Leaving Certificate Examination, 1908
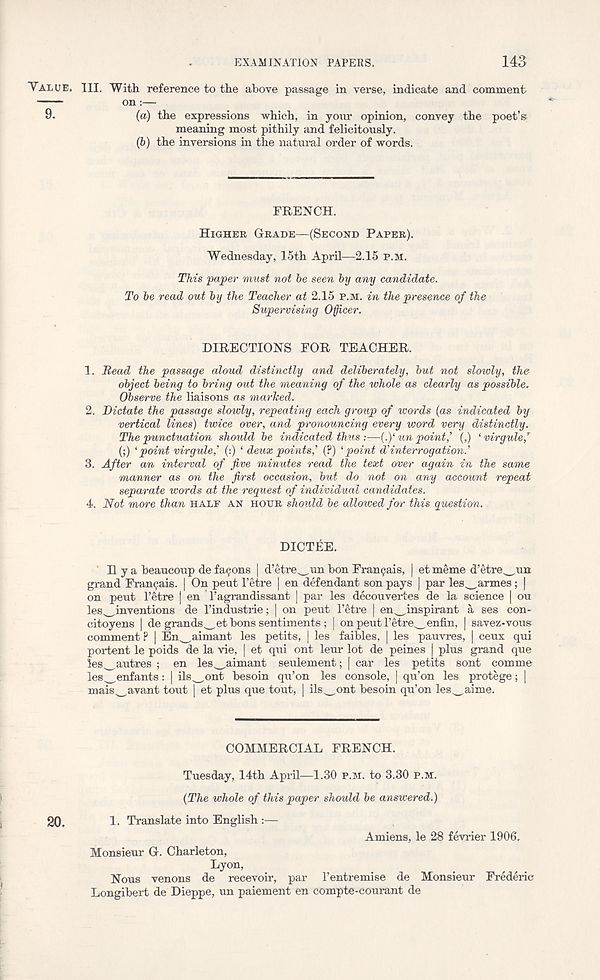
EXAMINATION PAPERS.
143
VALUE. HI. With reference to the above passage in verse, indicate and comment
on:—
9.
(a) the expressions which, in your opinion, convey the poet’s
meaning most pithily and felicitously.
(6) the inversions in the natural order of words.
FRENCH.
HIGHER GRADE—(SECOND PAPER).
Wednesday, 15th April—2.15 P.M.
This 'paper must not he seen by any candidate.
To be read out by the Teacher at 2.15 P.M. in the presence of the
Supervising Officer.
DIRECTIONS FOR TEACHER.
1. Read the passage aloud distinctly and deliberately, but not slowly, the
object being to bring out the meaning of the whole as clearly as possible.
Observe the liaisons as marked.
2. Dictate the passage slowly, repeating each group of words {as indicated by
vertical lines) twice over, and pronouncing every word very distinctly.
The punctuation should be indicated thus —{fun point,’ (,) ‘ virgule, T
(;) ‘point virgule,’ (:) ‘ deux points’ (?) ‘point d’interrogation.’
3. After an interval of five minutes read the text over again in the same
manner as on the first occasion, but do not on any account repeat
separate words at the request of individual candidates.
4. Not more than HALF AN HOUR should be allowed for this question.
DICT&E.
H y a beaucoup de facjons | d’etre^un bon Fran^ais, | et meme d’etre^un
grand Fran^ais. | On pent 1’etre | en defendant son pays | par les^armes; |
on pent 1’etre | en 1’agrandissant | par les decouvertes de la science | ou
les_inventions de 1’industrie; | on pent 1’etre | en^inspirant a ses con-
citoyens | de grands^et bons sentiments ; | on peut 1’etre^enfin, | savez-vous
comment ? | En^aimant les petits, | les faibles, | les pauvres, | ceux qui
portent le poids de la vie, | et qui ont leur lot de peines | plus grand que
les^autres ; en les^aimant seulement; | car les petits sont comme
les^enfants: | ils^ont besoin qu’on les console, | qu’on les protege; |
mais^avant tout | et plus que tout, | ils_ont besoin qu’on les^aime.
COMMERCIAL FRENCH.
Tuesday, 14th April—1.30 P.M. to 3.30 P.M.
(The whole of this paper should be answered.)
20.
1. Translate into English :—
Amiens, le 28 fevrier 1906.
Monsieur G. Charleton,
Lyon,
Nous venous de recevoir, par I’entremise de Monsieur Frederic
Longibert de Dieppe, un paiement en compte-courant de